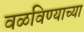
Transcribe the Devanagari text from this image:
वळविण्याच्या